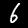
Digit: 6